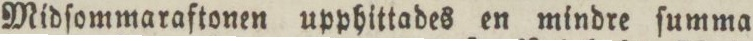
Midſommaraftonen upphittades en mindre ſumma